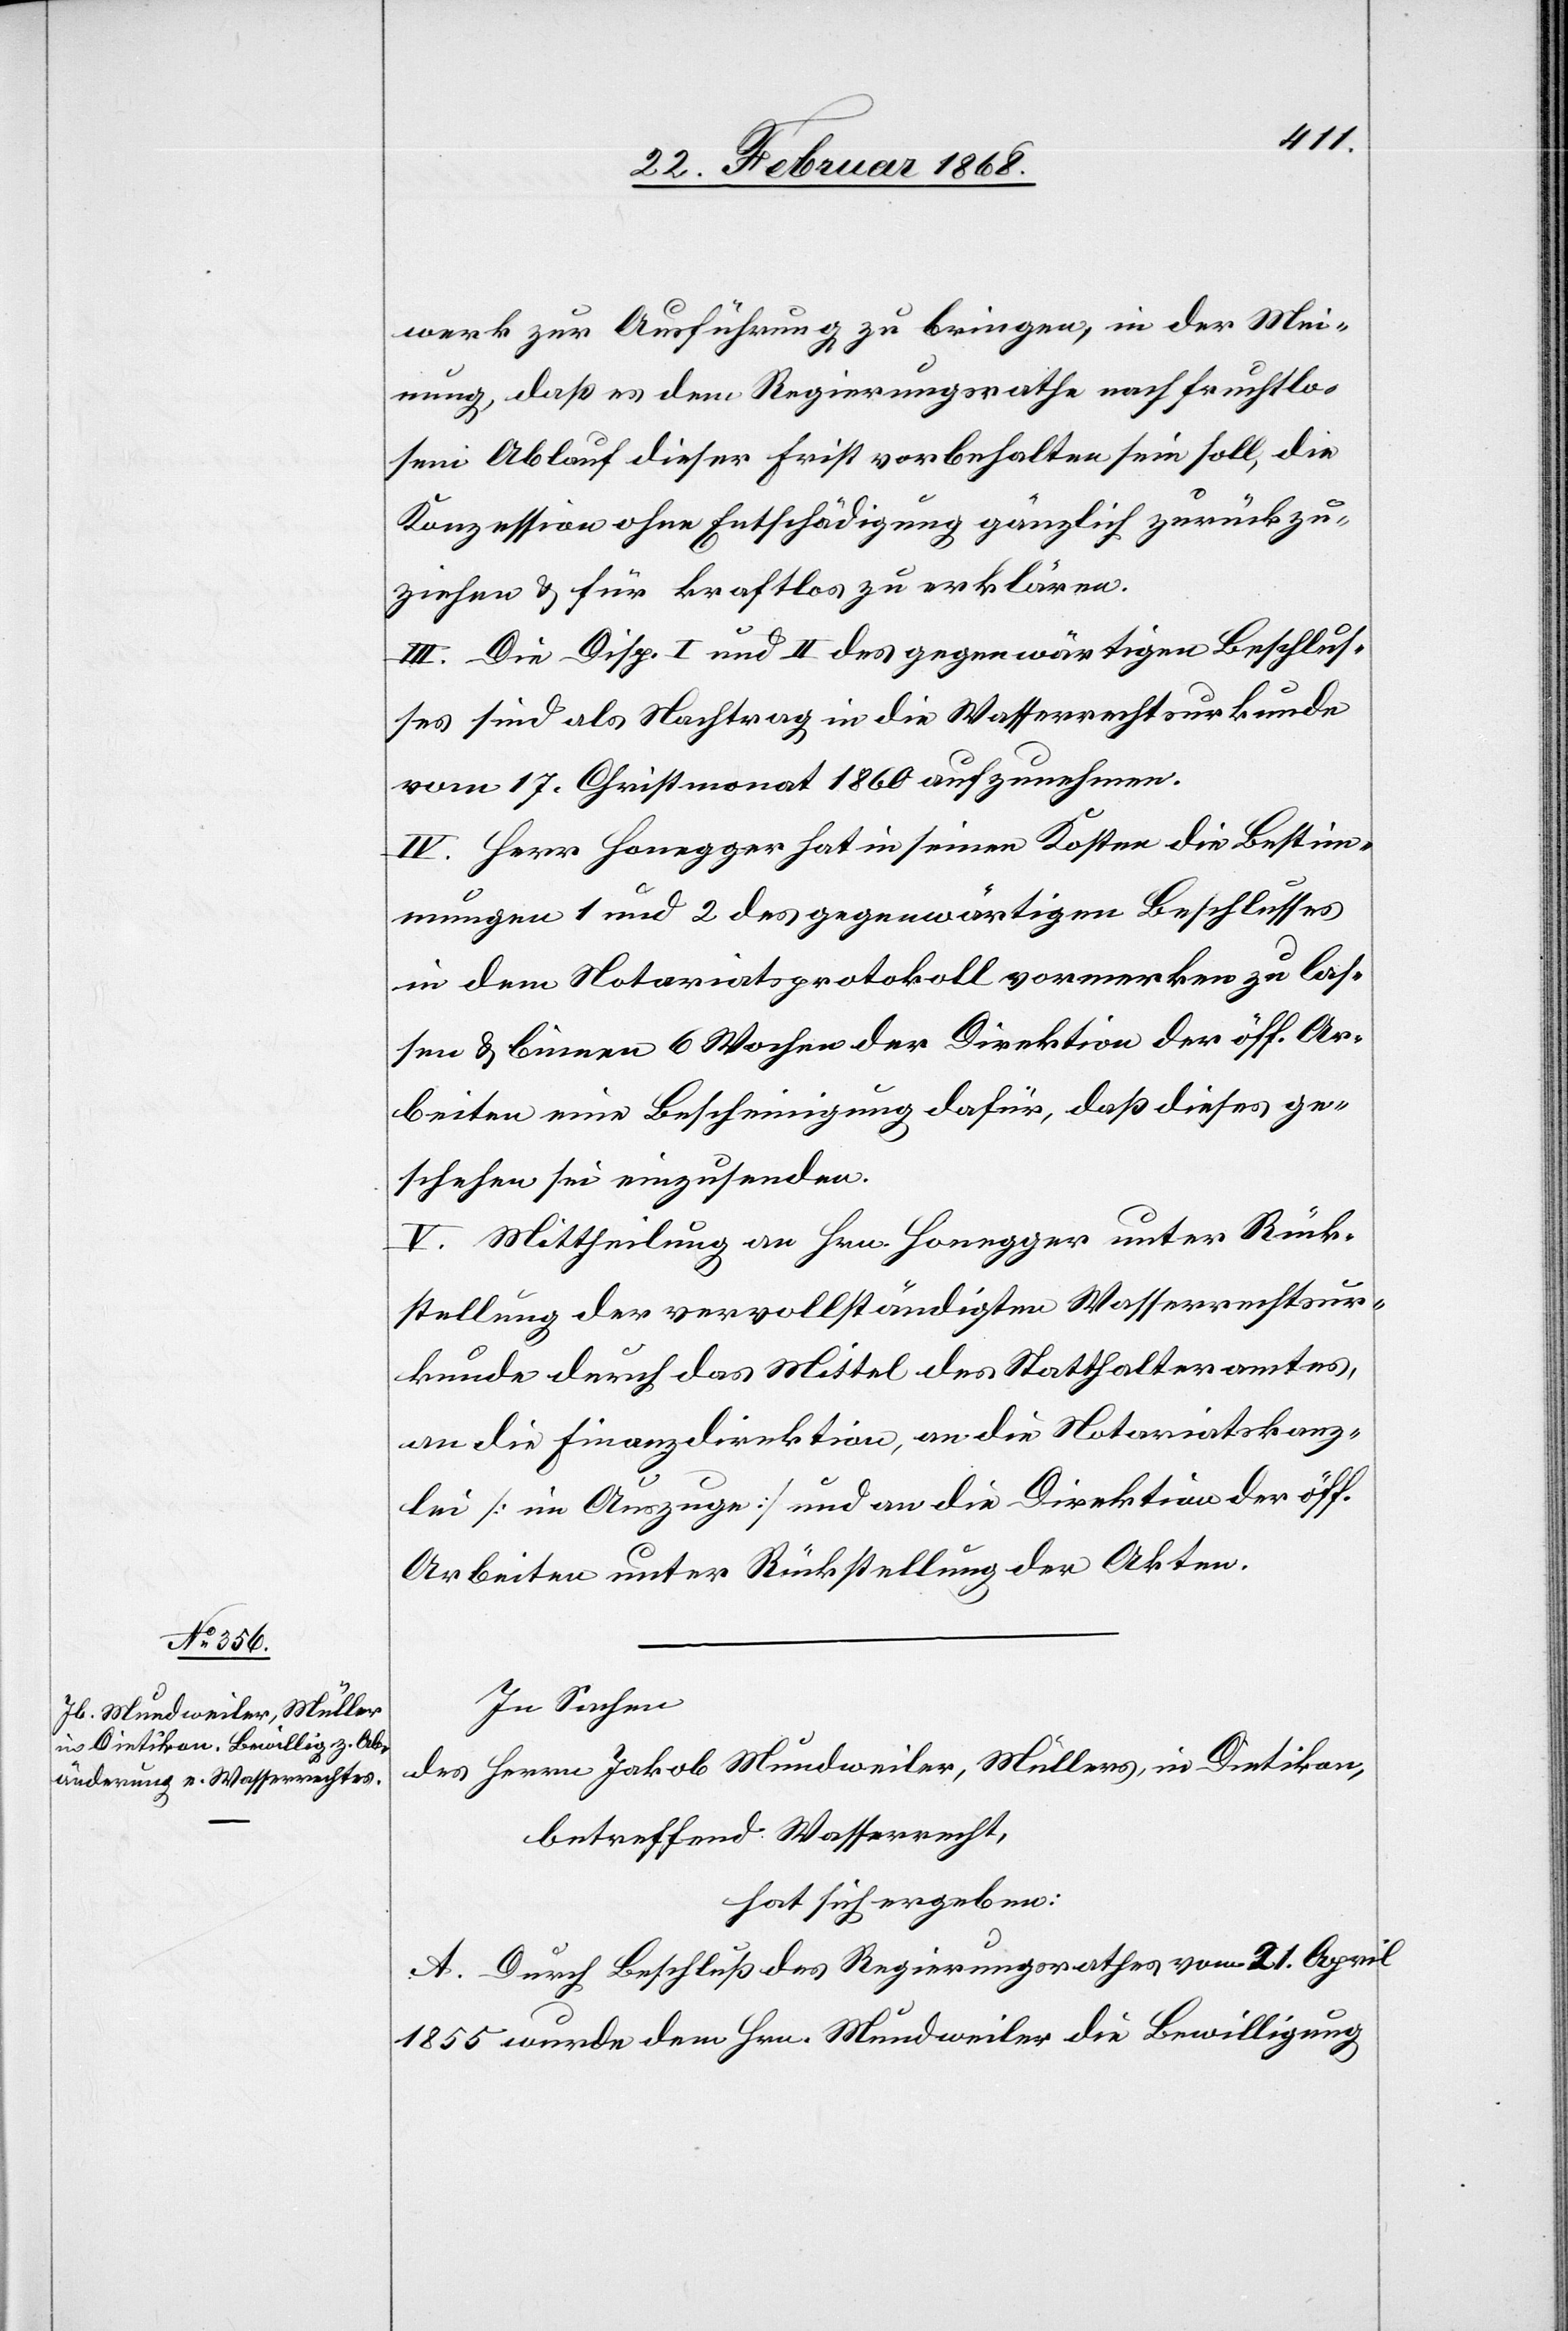
werk zur Ausführung zu bringen, in der Mei¬
nung, daß es dem Regierungsrathe nach fruchtlo¬
sem Ablauf dieser Frist vorbehalten sein soll, die
Konzession ohne Entschädigung gänzlich zurückzu¬
ziehen & für kraftlos zu erklären.
III. Die Disp. I und II des gegenwärtigen Beschlus¬
ses sind als Nachtrag in die Wasserrechtsurkunde
vom 17. Christmonat 1860 aufzunehmen.
IV. Herr Honegger hat in seinen Kosten die Bestim¬
mungen 1 und 2 des gegenwärtigen Beschlusses
in dem Notariatsprotokoll vormerken zu las¬
sen & binnen 6 Wochen der Direktion der öff. Ar¬
beiten eine Bescheinigung dafür, daß dieses ge¬
schehen sei einzusenden.
V. Mittheilung an Hrn. Honegger unter Rück¬
stellung der vervollständigten Wasserrechtsur¬
kunde durch das Mittel des Statthalteramtes,
an die Finanzdirektion, an die Notariatskanz¬
lei [im Auszuge] und an die Direktion der öff.
Arbeiten unter Rückstellung der Akten.
In Sachen
des Herrn Jakob Mundweiler, Müllers, in Dietikon,
betreffend Wasserrecht,
hat sich ergeben:
A. Durch Beschluß des Regierungsrathes vom 21. April
1855 wurde dem Hrn. Mundweiler die Bewilligung